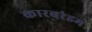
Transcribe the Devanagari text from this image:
कारबरंडम